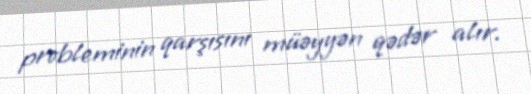
probleminin qarşısını müəyyən qədər alır.